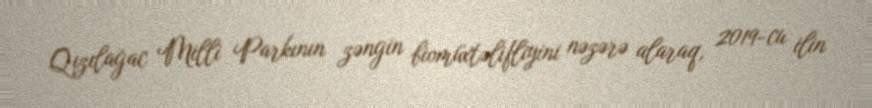
Qızılağac Milli Parkının zəngin biomüxtəlifliyini nəzərə alaraq, 2019-cu ilin